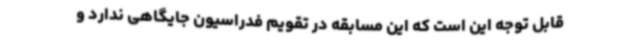
قابل توجه این است که این مسابقه در تقویم فدراسیون جایگاهی ندارد و